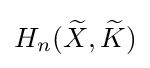
H_{n}({\widetilde {X}},{\widetilde {K}})